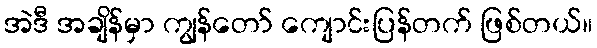
အဲဒီ အချိန်မှာ ကျွန်တော် ကျောင်းပြန်တက် ဖြစ်တယ်။